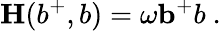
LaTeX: {\mathbf H(b^{+},b)}=\omega{\mathbf b^{+}b}\ .